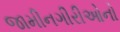
જામીનગીરીઓનો